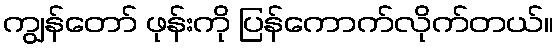
ကျွန်တော် ဖုန်းကို ပြန်ကောက်လိုက်တယ်။